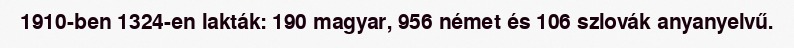
1910-ben 1324-en lakták: 190 magyar, 956 német és 106 szlovák anyanyelvű.